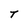
Character: T